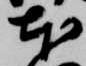
本